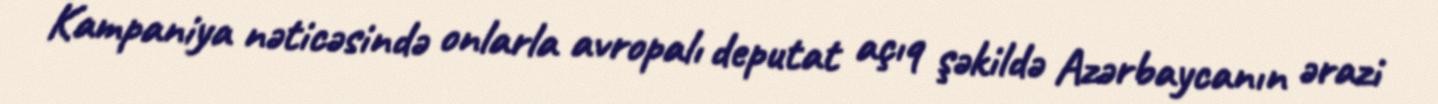
Kampaniya nəticəsində onlarla avropalı deputat açıq şəkildə Azərbaycanın ərazi